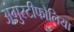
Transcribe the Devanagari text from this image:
अंगुस्टीफोलिया